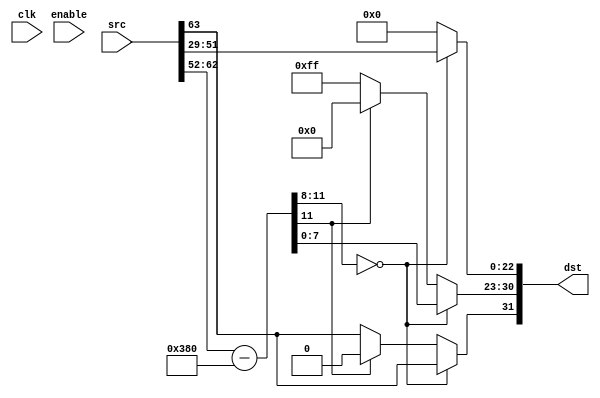
module FpuFp64To32(
	clk,
	enable,
	src,
	dst
);

input			clk;
input			enable;
input[63:0]		src;
output[31:0]	dst;

reg[11:0]		exa;
reg[11:0]		exb;
// reg[23:0]		fra;
// reg[52:0]		frb;

reg[31:0]	tDst;
assign dst = tDst;

always @ (clk && enable)
// always_ff
begin
	exa[11]=0;
	exa[10:0]=src[62:52];
	
	exb=exa-(1023-127);
	
	if(exb[11:8]==0)
	begin
		tDst[31]=src[63];
		tDst[30:23]=exb[7:0];
		tDst[22:0]=src[51:29];
	end
	else
	if(exb[11])
	begin
		tDst[31:0]=0;
	end
	else
	begin
		tDst[31]=src[63];
		tDst[30:23]=8'hFF;
		tDst[22:0]=23'h80_0000;
	end
	
//	dst=tDst;
end

endmodule